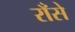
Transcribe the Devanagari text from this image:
राँसे